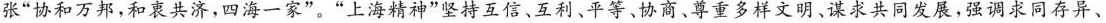
张”协和万邦，和衷共济，四海一家”。”上海精神”坚持互信、互利、平等、协商、尊重多样文明、谋求共同发展，强调求同存异、